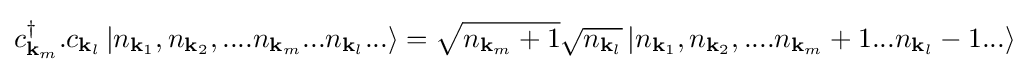
c_{\mathbf {k} _{m}}^{\dagger }.c_{\mathbf {k} _{l}}\left|n_{\mathbf {k} _{1}},n_{\mathbf {k} _{2}},....n_{\mathbf {k} _{m}}...n_{\mathbf {k} _{l}}...\right\rangle ={\sqrt {n_{\mathbf {k} _{m}}+1}}{\sqrt {n_{\mathbf {k} _{l}}}}\left|n_{\mathbf {k} _{1}},n_{\mathbf {k} _{2}},....n_{\mathbf {k} _{m}}+1...n_{\mathbf {k} _{l}}-1...\right\rangle